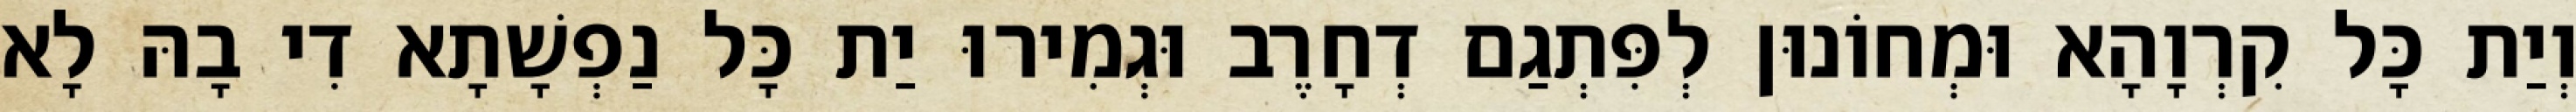
וְיַת כָּל קִרְוָהָא וּמְחוֹנוּן לְפִּתְגַם דְחָרֶב וּגְמִירוּ יַת כָּל נַפְשָׁתָא דִי בָהּ לָא